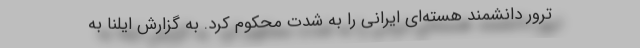
ترور دانشمند هسته‌ای ایرانی را به شدت محکوم کرد. به گزارش ایلنا به